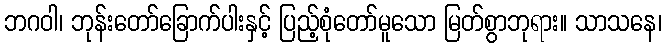
ဘဂဝါ၊ ဘုန်းတော်ခြောက်ပါးနှင့် ပြည့်စုံတော်မူသော မြတ်စွာဘုရား။ သာသနေ၊